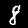
Digit: 8